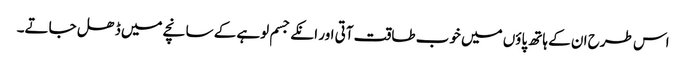
اس طرح ان کے ہاتھ پاؤں میں خوب طاقت آتی اور انکے جسم لوہے کے سانچے میں ڈھل جاتے۔